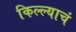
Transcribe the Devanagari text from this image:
किल्ल्याचं